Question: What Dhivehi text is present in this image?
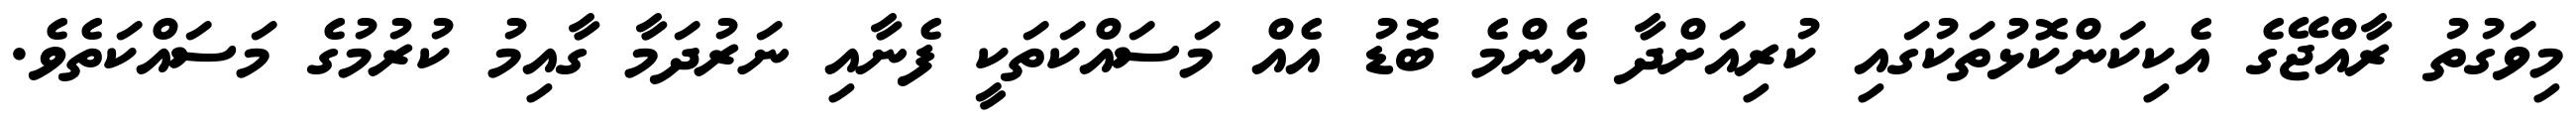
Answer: މިވަގުތު ރާއްޖޭގެ އެކިކަންކޮޅުތަކުގައި ކުރިއަށްދާ އެންމެ ބޮޑު އެއް މަސައްކަތަކީ ފެނާއި ނަރުދަމާ ގާއިމު ކުރުމުގެ މަސައްކަތެވެ.